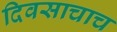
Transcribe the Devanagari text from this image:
दिवसाचाच